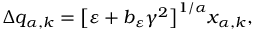
\Delta q _ { \alpha , k } = \big [ \varepsilon + b _ { \varepsilon } \gamma ^ { 2 } \big ] ^ { 1 / \alpha } x _ { \alpha , k } ,